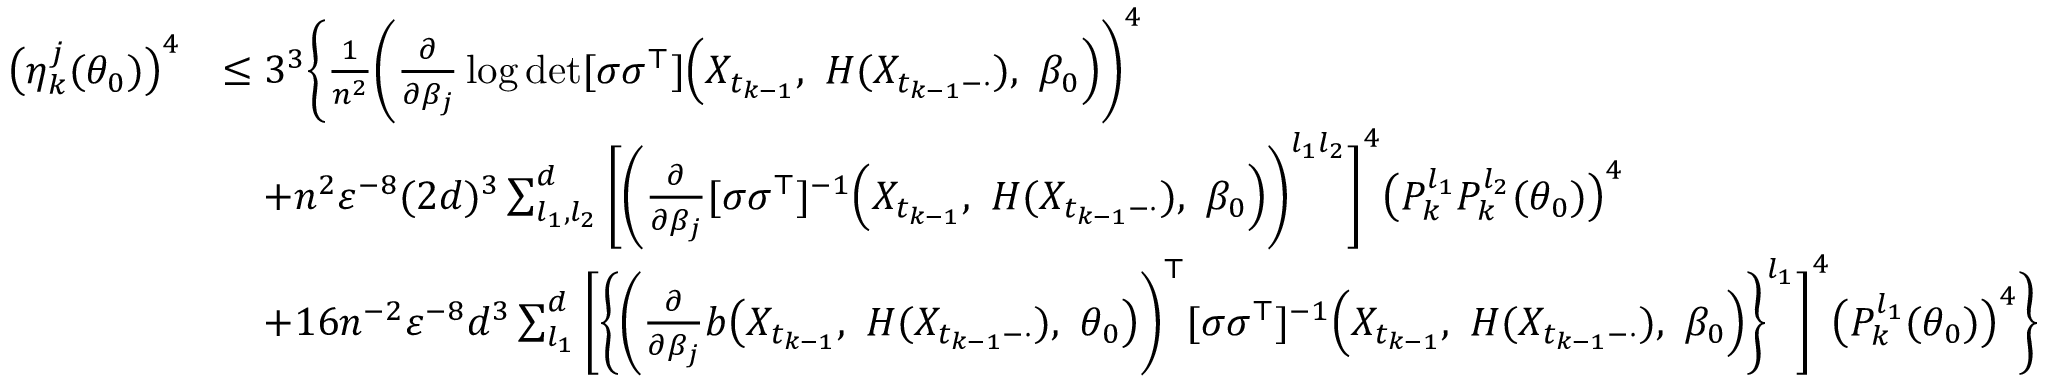
\begin{array} { r l } { \big ( \eta _ { k } ^ { j } ( \theta _ { 0 } ) \big ) ^ { 4 } } & { \leq 3 ^ { 3 } \Bigg \{ \frac { 1 } { n ^ { 2 } } \bigg ( \frac { \partial } { \partial \beta _ { j } } \log \operatorname* { d e t } [ \sigma \sigma ^ { \top } ] \Big ( X _ { t _ { k - 1 } } , ~ H ( X _ { t _ { k - 1 } - \cdot } ) , ~ \beta _ { 0 } \Big ) \bigg ) ^ { 4 } } \\ & { \quad + n ^ { 2 } \varepsilon ^ { - 8 } ( 2 d ) ^ { 3 } \sum _ { l _ { 1 } , l _ { 2 } } ^ { d } \Bigg [ \bigg ( \frac { \partial } { \partial \beta _ { j } } [ \sigma \sigma ^ { \top } ] ^ { - 1 } \Big ( X _ { t _ { k - 1 } } , ~ H ( X _ { t _ { k - 1 } - \cdot } ) , ~ \beta _ { 0 } \Big ) \bigg ) ^ { l _ { 1 } l _ { 2 } } \Bigg ] ^ { 4 } \big ( P _ { k } ^ { l _ { 1 } } P _ { k } ^ { l _ { 2 } } ( \theta _ { 0 } ) \big ) ^ { 4 } } \\ & { \quad + 1 6 n ^ { - 2 } \varepsilon ^ { - 8 } d ^ { 3 } \sum _ { l _ { 1 } } ^ { d } \Bigg [ \bigg \{ \biggl ( \frac { \partial } { \partial \beta _ { j } } b \bigl ( X _ { t _ { k - 1 } } , ~ H ( X _ { t _ { k - 1 } - \cdot } ) , ~ \theta _ { 0 } \bigr ) \biggr ) ^ { \top } [ \sigma \sigma ^ { \top } ] ^ { - 1 } \Bigl ( X _ { t _ { k - 1 } } , ~ H ( X _ { t _ { k - 1 } - \cdot } ) , ~ \beta _ { 0 } \Bigr ) \bigg \} ^ { l _ { 1 } } \Bigg ] ^ { 4 } \big ( P _ { k } ^ { l _ { 1 } } ( \theta _ { 0 } ) \big ) ^ { 4 } \Bigg \} } \end{array}